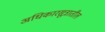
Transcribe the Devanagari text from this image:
अधिकारसूत्रातील